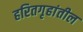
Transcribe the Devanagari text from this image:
हरितगृहांतील